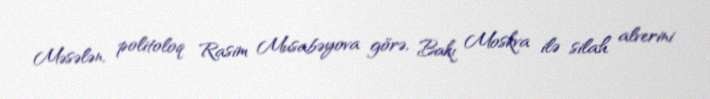
Məsələn, politoloq Rasim Musabəyova görə, Bakı Moskva ilə silah alverini